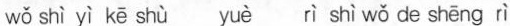
wǒ shì yì kē shù yuè rì shì wǒ de shēng rì